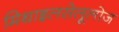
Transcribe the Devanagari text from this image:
मिथाइलसेलूलोज